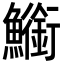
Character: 䲗